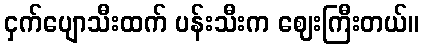
ငှက်ပျောသီးထက် ပန်းသီးက ဈေးကြီးတယ်။